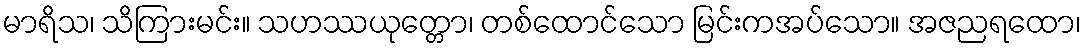
မာရိသ၊ သိကြားမင်း။ သဟဿယုတ္တော၊ တစ်ထောင်သော မြင်းကအပ်သော။ အဇညရထော၊